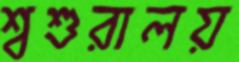
শ্বশুরালয়